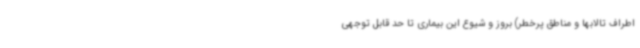
اطراف تالابها و مناطق پرخطر) بروز و شیوع این بیماری تا حد قابل توجهی